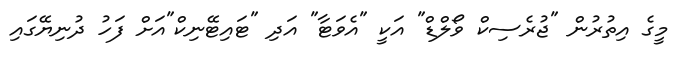
މީގެ އިތުރުން "ޖުރެސިކް ވޯލްޑް" އަކީ "އެވަޓާ" އަދި "ޓައިޓޭނިކް"އަށް ފަހު ދުނިޔޭގައި